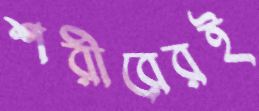
শরীরেরই